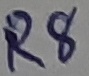
Text: R8